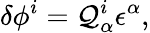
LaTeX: \delta\phi^{i}=\mathcal{Q}_{\alpha}^{i}\epsilon^{\alpha},